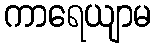
ကာရေယျာမ